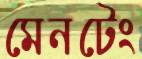
মেনটেং